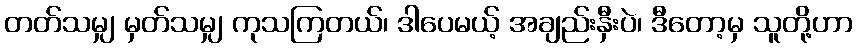
တတ်သမျှ မှတ်သမျှ ကုသကြတယ်၊ ဒါပေမယ့် အချည်းနှီးပဲ၊ ဒီတော့မှ သူတို့ဟာ